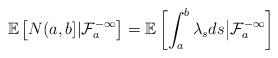
LaTeX: \begin{align*}\mathbb{E}\left[N(a,b]|\mathcal{F}^{-\infty}_{a}\right]=\mathbb{E}\left[\int_{a}^{b}\lambda_{s}ds\big|\mathcal{F}^{-\infty}_{a}\right]\end{align*}